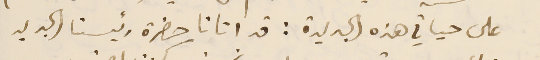
على حياتي هذه الجديدة: قد اتانا حضرة رئيسنا الجديد